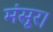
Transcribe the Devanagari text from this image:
मंसूर।